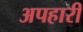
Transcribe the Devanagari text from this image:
अपहारी